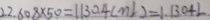
2 2 . 6 0 8 \times 5 0 = 1 1 3 0 4 ( m l ) = 1 . 1 3 0 4 L